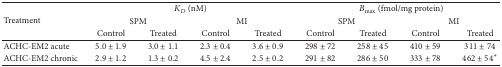
<table><thead><tr><td rowspan="3"><b>Treatment</b></td><td colspan="4"><b><i>K</i><sub>D</sub> (nM)</b></td><td colspan="4"><b><i>B</i><sub>max⁡</sub> (fmol/mg protein)</b></td></tr><tr><td colspan="2"><b>SPM</b></td><td colspan="2"><b>MI</b></td><td colspan="2"><b>SPM</b></td><td colspan="2"><b>MI</b></td></tr><tr><td><b>Control</b></td><td><b>Treated</b></td><td><b>Control</b></td><td><b>Treated</b></td><td><b>Control</b></td><td><b>Treated</b></td><td><b>Control</b></td><td><b>Treated</b></td></tr></thead><tbody><tr><td>ACHC-EM2 acute</td><td>5.0 ± 1.9</td><td>3.0 ± 1.1</td><td>2.3 ± 0.4</td><td>3.6 ± 0.9</td><td>298 ± 72</td><td>258 ± 45</td><td>410 ± 59</td><td>311 ± 74</td></tr><tr><td>ACHC-EM2 chronic</td><td>2.9 ± 1.2</td><td>1.3 ± 0.2</td><td>4.5 ± 2.4</td><td>2.5 ± 0.2</td><td>291 ± 82</td><td>286 ± 50</td><td>333 ± 78</td><td>462 ± 54*</td></tr></tbody></table>